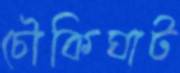
চৌকিঘাট